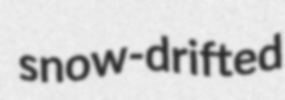
snow-drifted